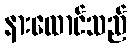
နားထောင်သည်